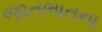
જાતભાતના